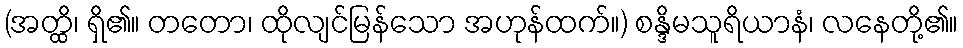
(အတ္ထိ၊ ရှိ၏။ တတော၊ ထိုလျင်မြန်သော အဟုန်ထက်။) စန္ဒိမသူရိယာနံ၊ လနေတို့၏။